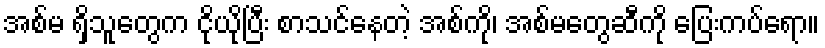
အစ်မ ရှိသူတွေက ငိုယိုပြီး စာသင်နေတဲ့ အစ်ကို၊ အစ်မတွေဆီကို ပြေးကပ်ရော။